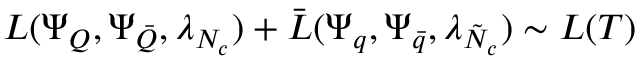
{ \cal L } ( \Psi _ { Q } , \Psi _ { \bar { Q } } , \lambda _ { N _ { c } } ) + \bar { { \cal L } } ( \Psi _ { q } , \Psi _ { \bar { q } } , \lambda _ { \tilde { N } _ { c } } ) \sim { \cal L } ( T )